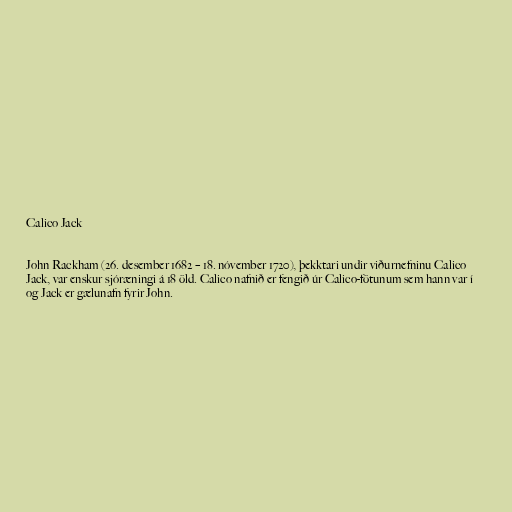
Calico Jack

John Rackham (26. desember 1682 – 18. nóvember 1720), þekktari undir viðurnefninu Calico
Jack, var enskur sjóræningi á 18 öld. Calico nafnið er fengið úr Calico-fötunum sem hann var í
og Jack er gælunafn fyrir John.